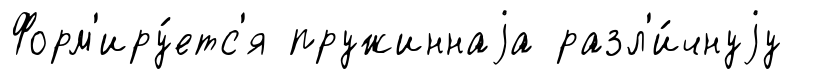
Форм'иру́етс'я пружиннаjа разл'и́чнуjу